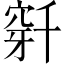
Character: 𬔌